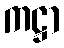
ကဋ္ဌာ